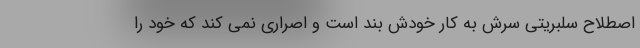
اصطلاح سلبریتی سرش به کار خودش بند است و اصراری نمی کند که خود را